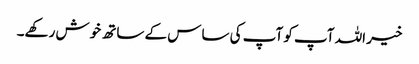
خیر اللہ آپ کو آپ کی ساس کے ساتھ خوش رکھے۔